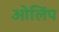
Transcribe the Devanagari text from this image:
ओलिंप